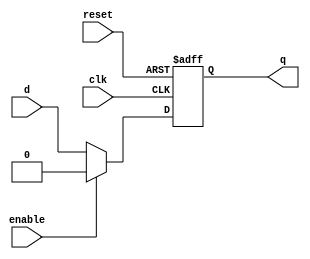
module dff(d, clk, reset, enable, q);
	input d, clk, reset, enable;
	output q;
	reg q;

	always@(posedge clk or negedge reset)begin
	 if(~reset)begin
	  q <= 1'b0;
	 end else if (~enable)begin
	  q<=d;
	 end else begin
	  q <= 1'b0;
	 end
	end

endmodule